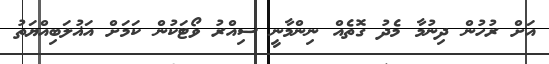
އަށް ރުހުން ދިނުމާ މެދު ގޮތެއް ނިންމާނީ ސިއްރު ވޯޓަކުން ކަމަށް އަޣުލަބިއްޔަތު